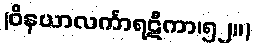
(ဝိနယာလင်္ကာရဋီကာ၊၅၂။)